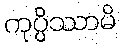
ကုပ္ပိဿာမိ